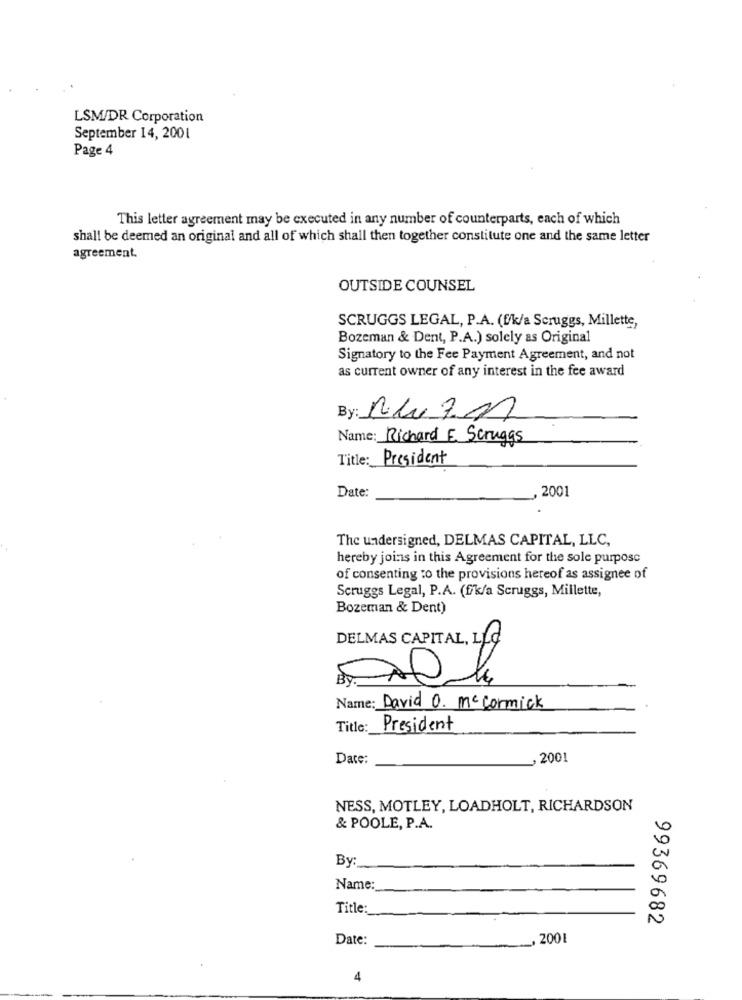
LSM/DR Corporation
September 14, 2001
Page 4
This letter agreement may be executed in any number of counterparts, each of which
shall be deemed an original and all of which shall then together constitute one and the same letter
agreement.
OUTSIDE COUNSEL
SCRUGGS LEGAL, P.A. (f/k/a Scruggs, Millette,
Bozeman & Dent, P.A.) solely as Original
Signatory to the Fee Payment Agreement, and not
as current owner of any interest in the fee award
By: RuzM
Name: Richard E Scruggs
Title: President
Date:
2001
The undersigned, DELMAS CAPITAL, LLC,
hereby joins in this Agreement for the sole purpose
of consenting to the provisions hereof as assignee of
Scruggs Legal, P.A. (f/k/a Scruggs, Millette,
Bozeman & Dent)
DELMAS CAPITAL, LLC
Name: David O. mc cormick
Title:
President
Date:
.200
NESS, MOTLEY, LOADHOLT, RICHARDSON
& POOLE, P.A.
By:
Name:
Title:
99369682
Date:
, 2001
4